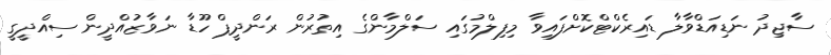
ސާޖިދު ނަޑިއަޑްވާލާ ޑައިރެކްޓްކޮށްފައިވާ މިފިލްމުގައި ސަލްމާންގެ އިތުރުން ރަންދީޕް ހޫޑާ ނަވާޒުއްދީން ސިއްދީގީ